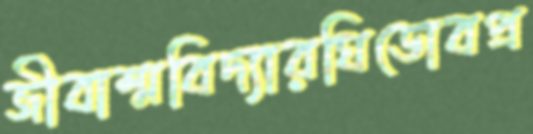
জীবাশ্মবিদ্যারঘিডোবপ্র